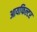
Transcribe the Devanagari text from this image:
आयफिल्टर